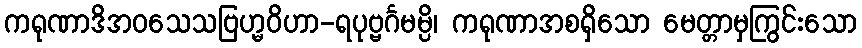
ကရုဏာဒိအဝသေသဗြဟ္မဝိဟာ-ရပုဗ္ဗင်္ဂမမ္ပိ၊ ကရုဏာအစရှိသော မေတ္တာမှကြွင်းသော